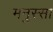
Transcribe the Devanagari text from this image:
मनुस्सा